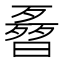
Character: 𣍌